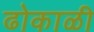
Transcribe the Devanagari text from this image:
ढोकाळी